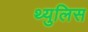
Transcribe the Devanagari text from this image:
थ्युलिस